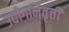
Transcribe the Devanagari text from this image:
उद्योगनिवृत्ती